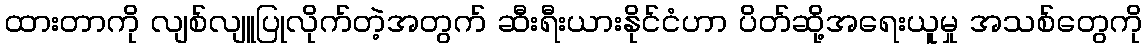
ထားတာကို လျစ်လျူပြုလိုက်တဲ့အတွက် ဆီးရီးယားနိုင်ငံဟာ ပိတ်ဆို့အရေးယူမှု အသစ်တွေကို